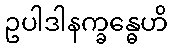
ဥပါဒါနက္ခန္ဓေဟိ